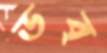
ডব্